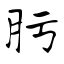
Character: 肟